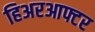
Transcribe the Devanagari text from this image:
हिअरआफ्टर